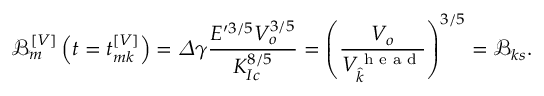
\mathcal { B } _ { m } ^ { \left[ V \right] } \left( t = t _ { m k } ^ { \left[ V \right] } \right) = \varDelta \gamma \frac { E ^ { \prime 3 / 5 } V _ { o } ^ { 3 / 5 } } { K _ { I c } ^ { 8 / 5 } } = \left( \frac { V _ { o } } { V _ { \widehat { k } } ^ { \textrm { h e a d } } } \right) ^ { 3 / 5 } = \mathcal { B } _ { k s } .